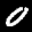
Label: 0